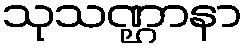
သုသဏ္ဌာနာ